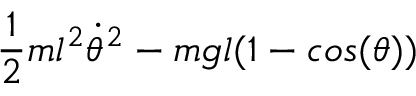
\frac { 1 } { 2 } m l ^ { 2 } \dot { \theta } ^ { 2 } - m g l ( 1 - c o s ( \theta ) )